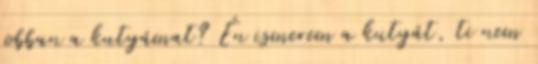
jobban a kutyámat? Én ismerem a kutyát, ti nem